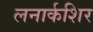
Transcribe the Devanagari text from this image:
लनार्कशिर